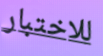
للاختبار